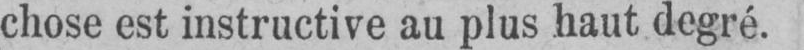
chose est instructive au plus haut degré.